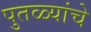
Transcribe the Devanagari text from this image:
पुतळ्यांचे